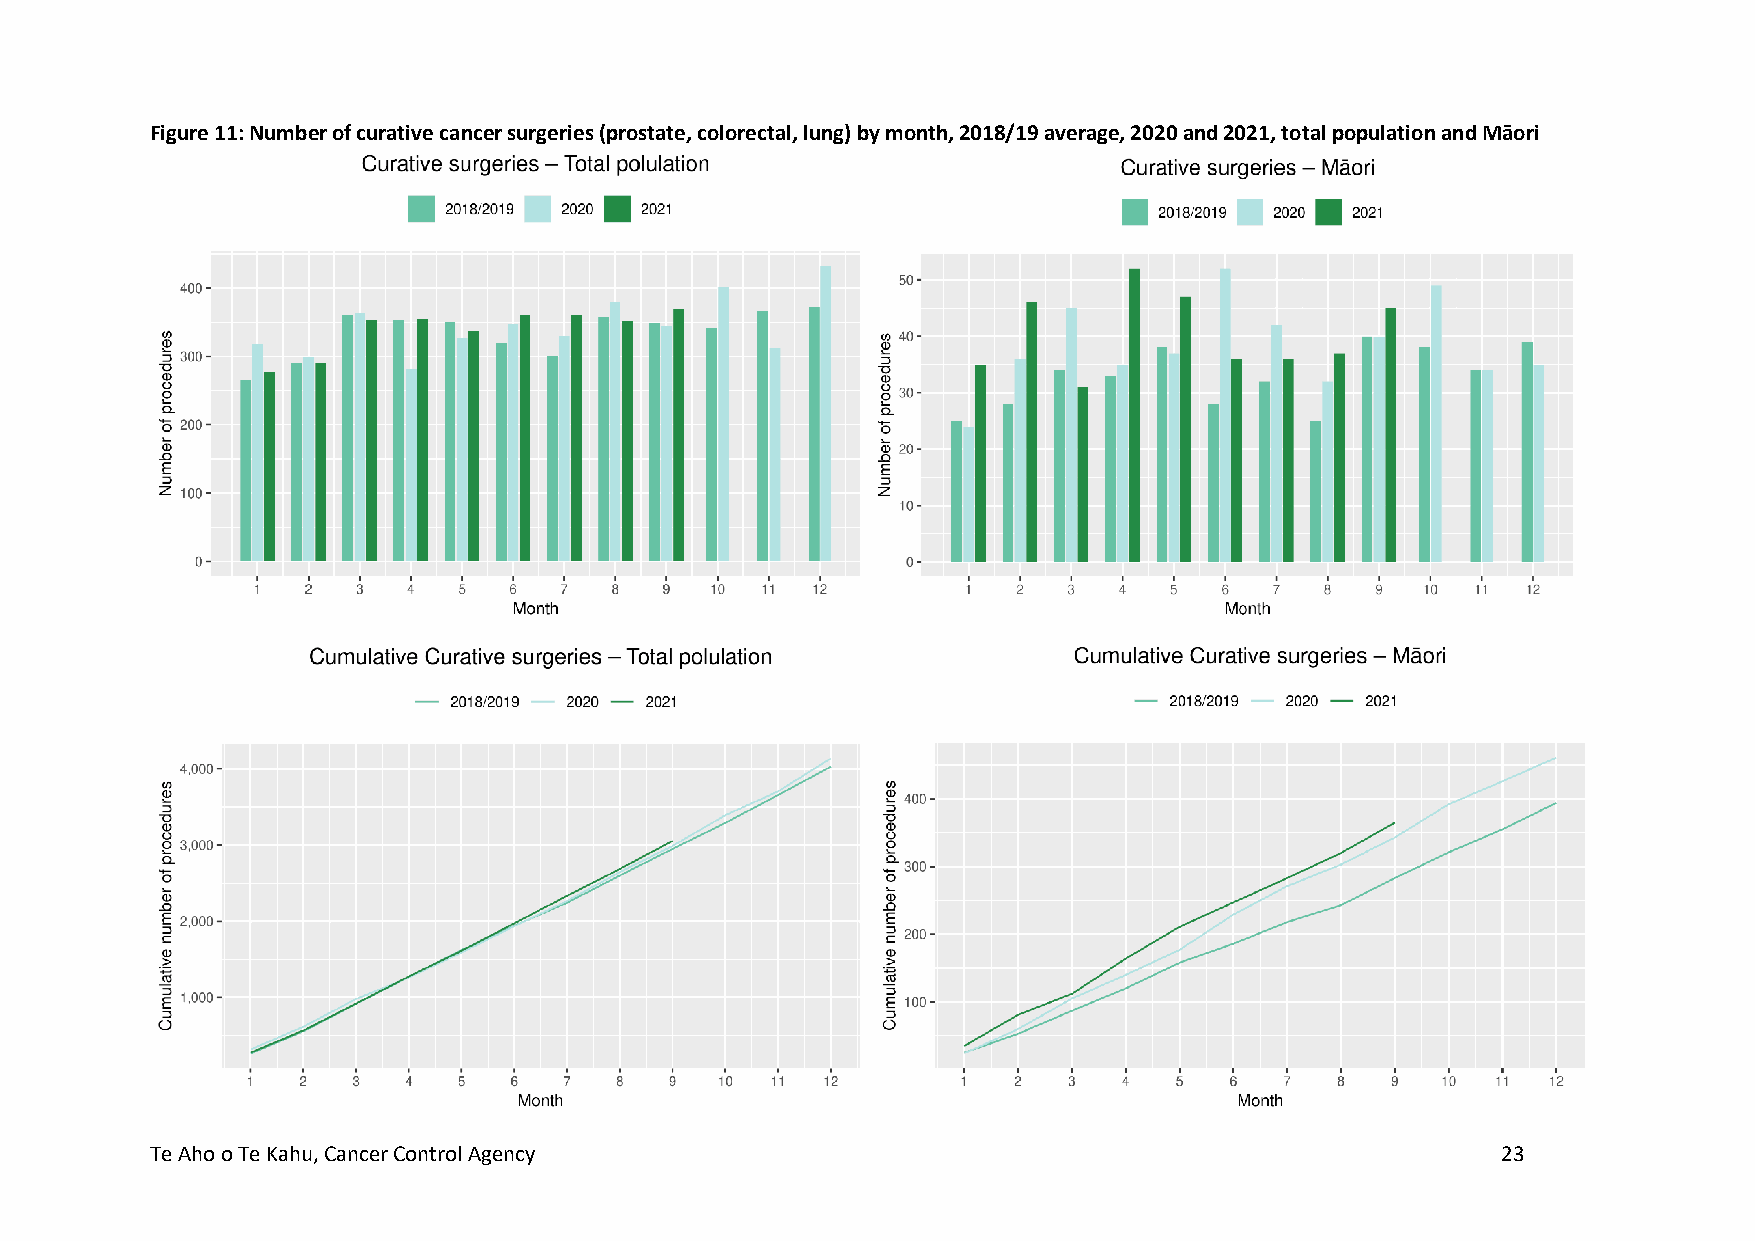
Figure 11: Number of curative cancer surgeries (prostate, colorectal, lung) by month, 2018/19 average, 2020 and 2021, total population and Māori
 Te Aho o Te Kahu, Cancer Control Agency                                                  23